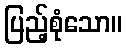
ပြည့်စုံသော။